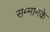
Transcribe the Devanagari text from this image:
सम्मानके